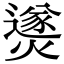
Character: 㸂